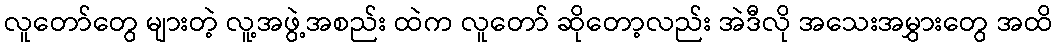
လူတော်တွေ များတဲ့ လူ့အဖွဲ့အစည်း ထဲက လူတော် ဆိုတော့လည်း အဲဒီလို အသေးအမွှားတွေ အထိ